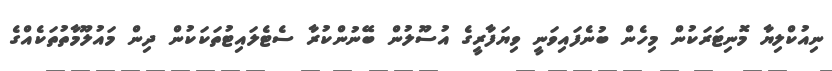
ނިއުކްލިޔާ މޮނިޓަރަކުން މިހެން ބުނެފައިވަނީ ވިޔަފާރީގެ އުސޫލުން ބޭނުންކުރާ ސެޓެލައިޓުތަކަކުން ދިން މައުލޫމާތުތަކެއްގެ